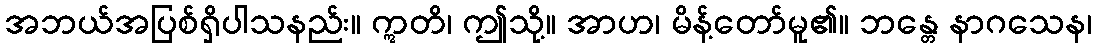
အဘယ်အပြစ်ရှိပါသနည်း။ ဣတိ၊ ဤသို့။ အာဟ၊ မိန့်တော်မူ၏။ ဘန္တေ နာဂသေန၊